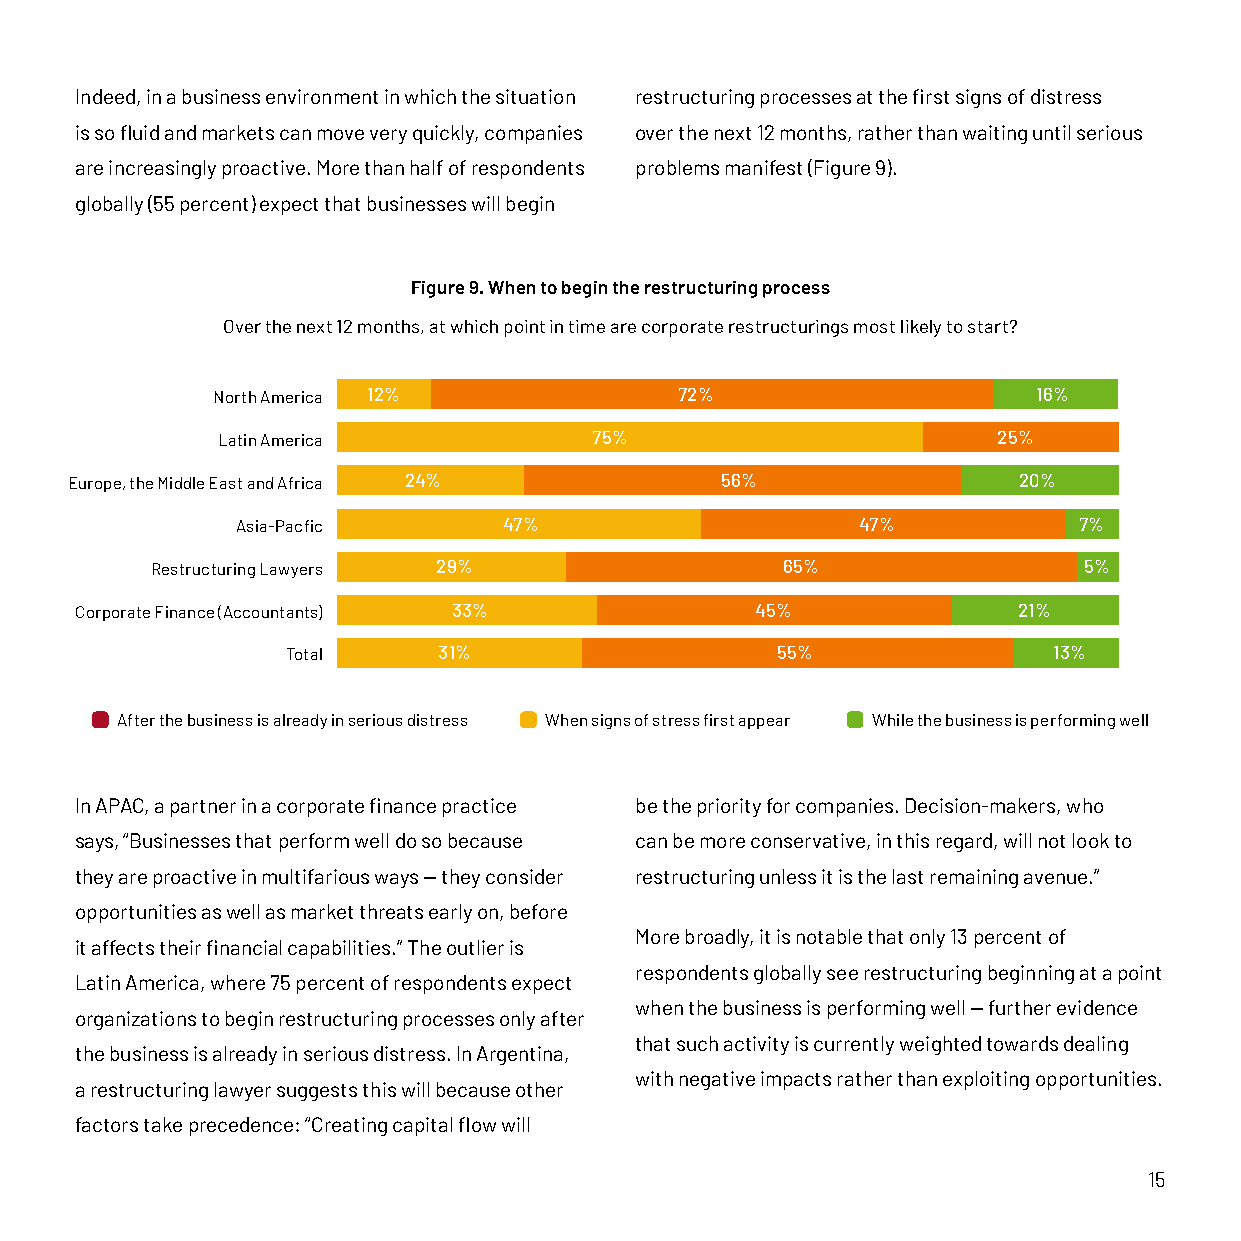
Indeed, in a business environment in which the situation restructuring processes at the first signs of distress
 is so fluid and markets can move very quickly, companies over the next 12 months, rather than waiting until serious
 are increasingly proactive. More than half of respondents problems manifest (Figure 9).
 globally (55 percent) expect that businesses will begin
 Figure 9. When to begin the restructuring process
 Over the next 12 months, at which point in time are corporate restructurings most likely to start?
 North America 12%              72%                     16%
 Latin America            75%                        25%
 Europe, the Middle East and Africa 24%      56%                20%
 Asia-Pacfic      47%                     47%           7%
 Restructuring Lawyers 29%                 65%                 5%
 Corporate Finance (Accountants) 33%          45%              21%
 Total     31%                   55%                13%
 After the business is already in serious distress When signs of stress first appear While the business is performing well
 In APAC, a partner in a corporate finance practice be the priority for companies. Decision-makers, who
 says, “Businesses that perform well do so because can be more conservative, in this regard, will not look to
 they are proactive in multifarious ways — they consider restructuring unless it is the last remaining avenue.”
 opportunities as well as market threats early on, before
 More broadly, it is notable that only 13 percent of
 it affects their financial capabilities.” The outlier is
 respondents globally see restructuring beginning at a point
 Latin America, where 75 percent of respondents expect
 when the business is performing well — further evidence
 organizations to begin restructuring processes only after
 that such activity is currently weighted towards dealing
 the business is already in serious distress. In Argentina,
 with negative impacts rather than exploiting opportunities.
 a restructuring lawyer suggests this will because other
 factors take precedence: “Creating capital flow will
 15